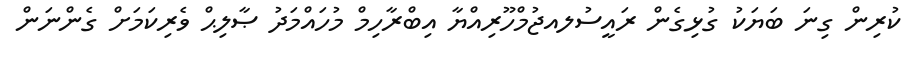
ކުރިން ގިނަ ބަޔަކު ގުޅިގެން ރައީސުލއޖުމްހޫރިއްޔާ އިބްރާހިމް މުހައްމަދު ޞާލިޙް ވެރިކަމަށް ގެންނަން